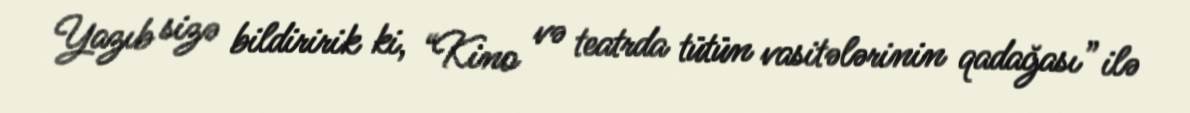
Yazıb sizə bildiririk ki, “Kino və teatrda tütün vasitələrinin qadağası” ilə